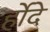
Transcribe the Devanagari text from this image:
र्होदे